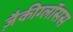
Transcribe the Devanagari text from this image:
ज़ैकीग्लॉसस